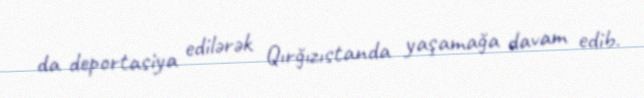
da deportasiya edilərək Qırğızıstanda yaşamağa davam edib.